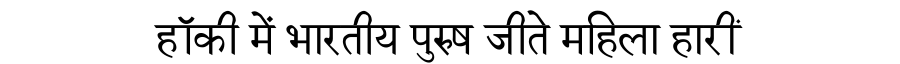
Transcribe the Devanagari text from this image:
हॉकी में भारतीय पुरुष जीते महिला हारीं